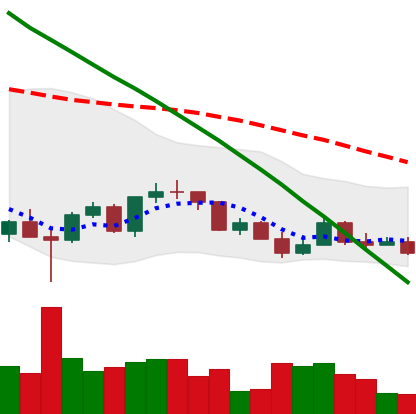
Ticker: LINK-USD
Chart end date: 2022-03-13
Forward return: 17.959%
Label: up_7plus